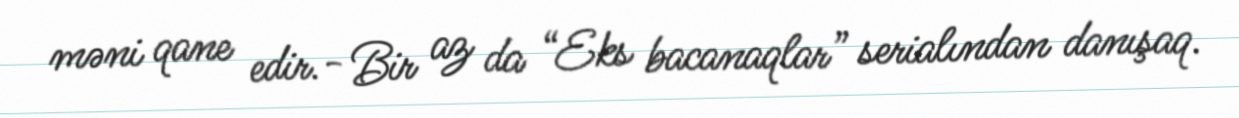
məni qane edir.- Bir az da “Eks bacanaqlar” serialından danışaq.